DOW-UAP-D49, Launch Summary, Vandenberg AFB, 2000
Agency: Department of War
Incident date: 2/3/00
Page 14
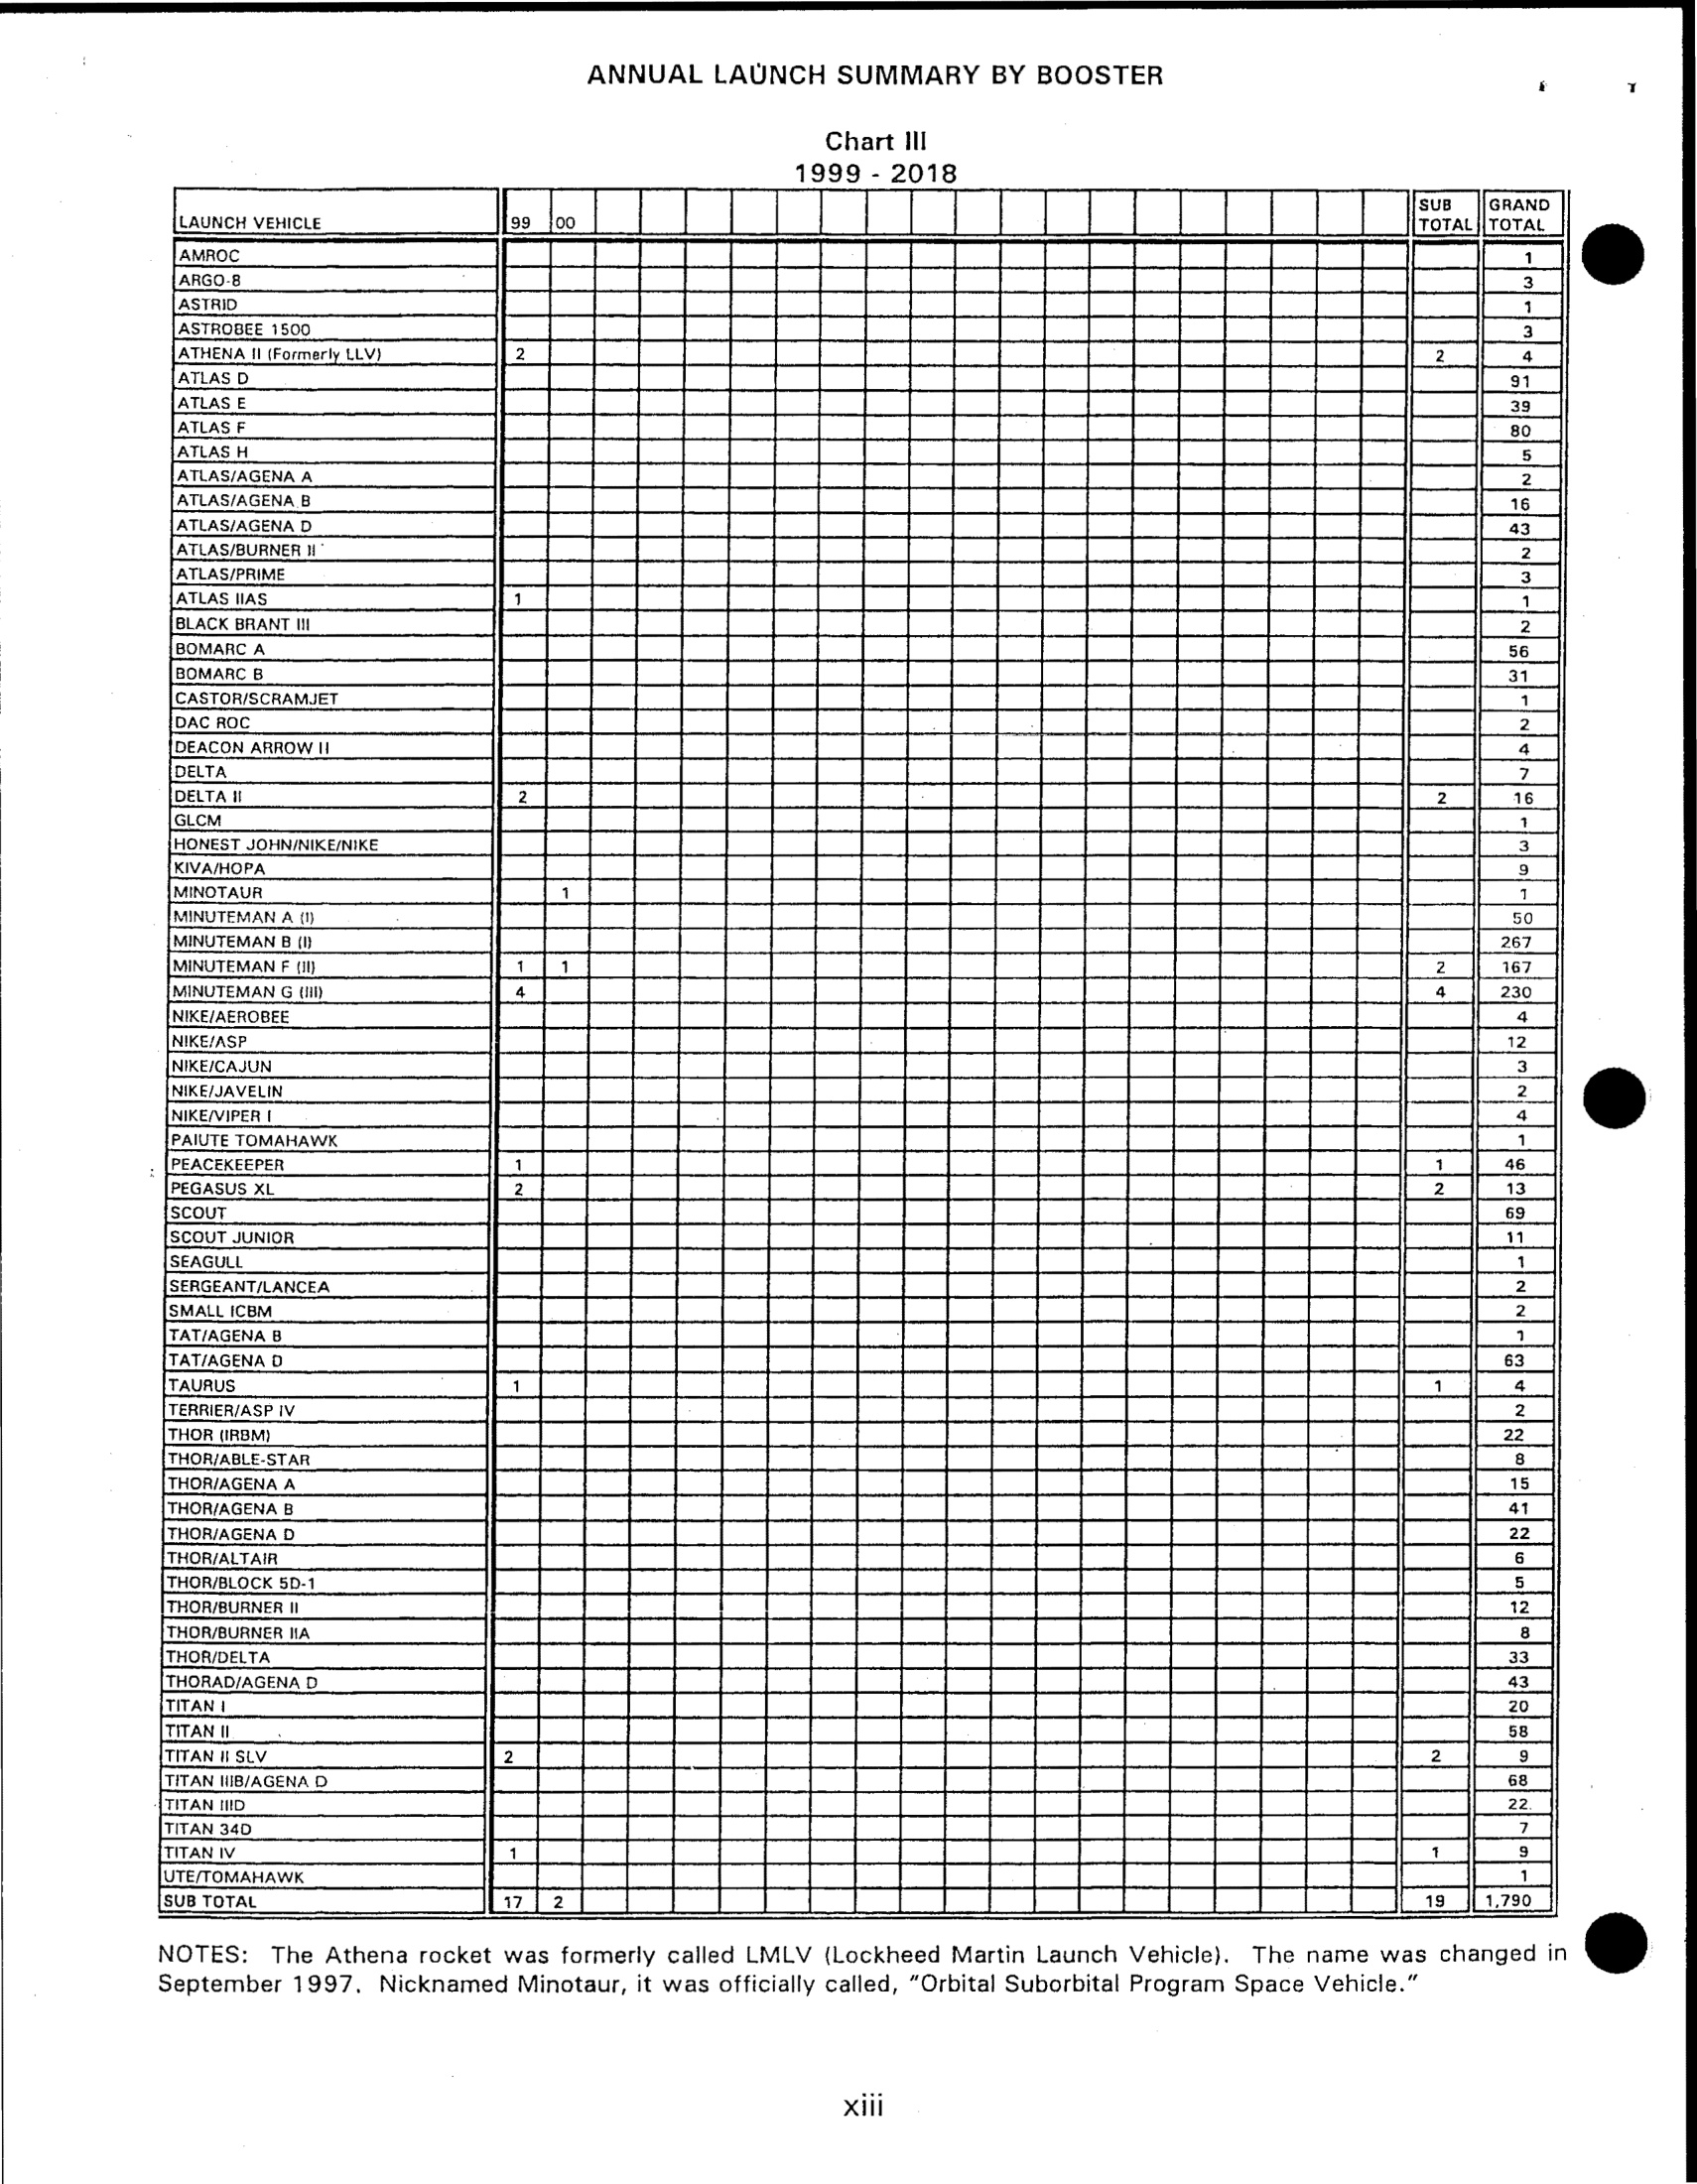